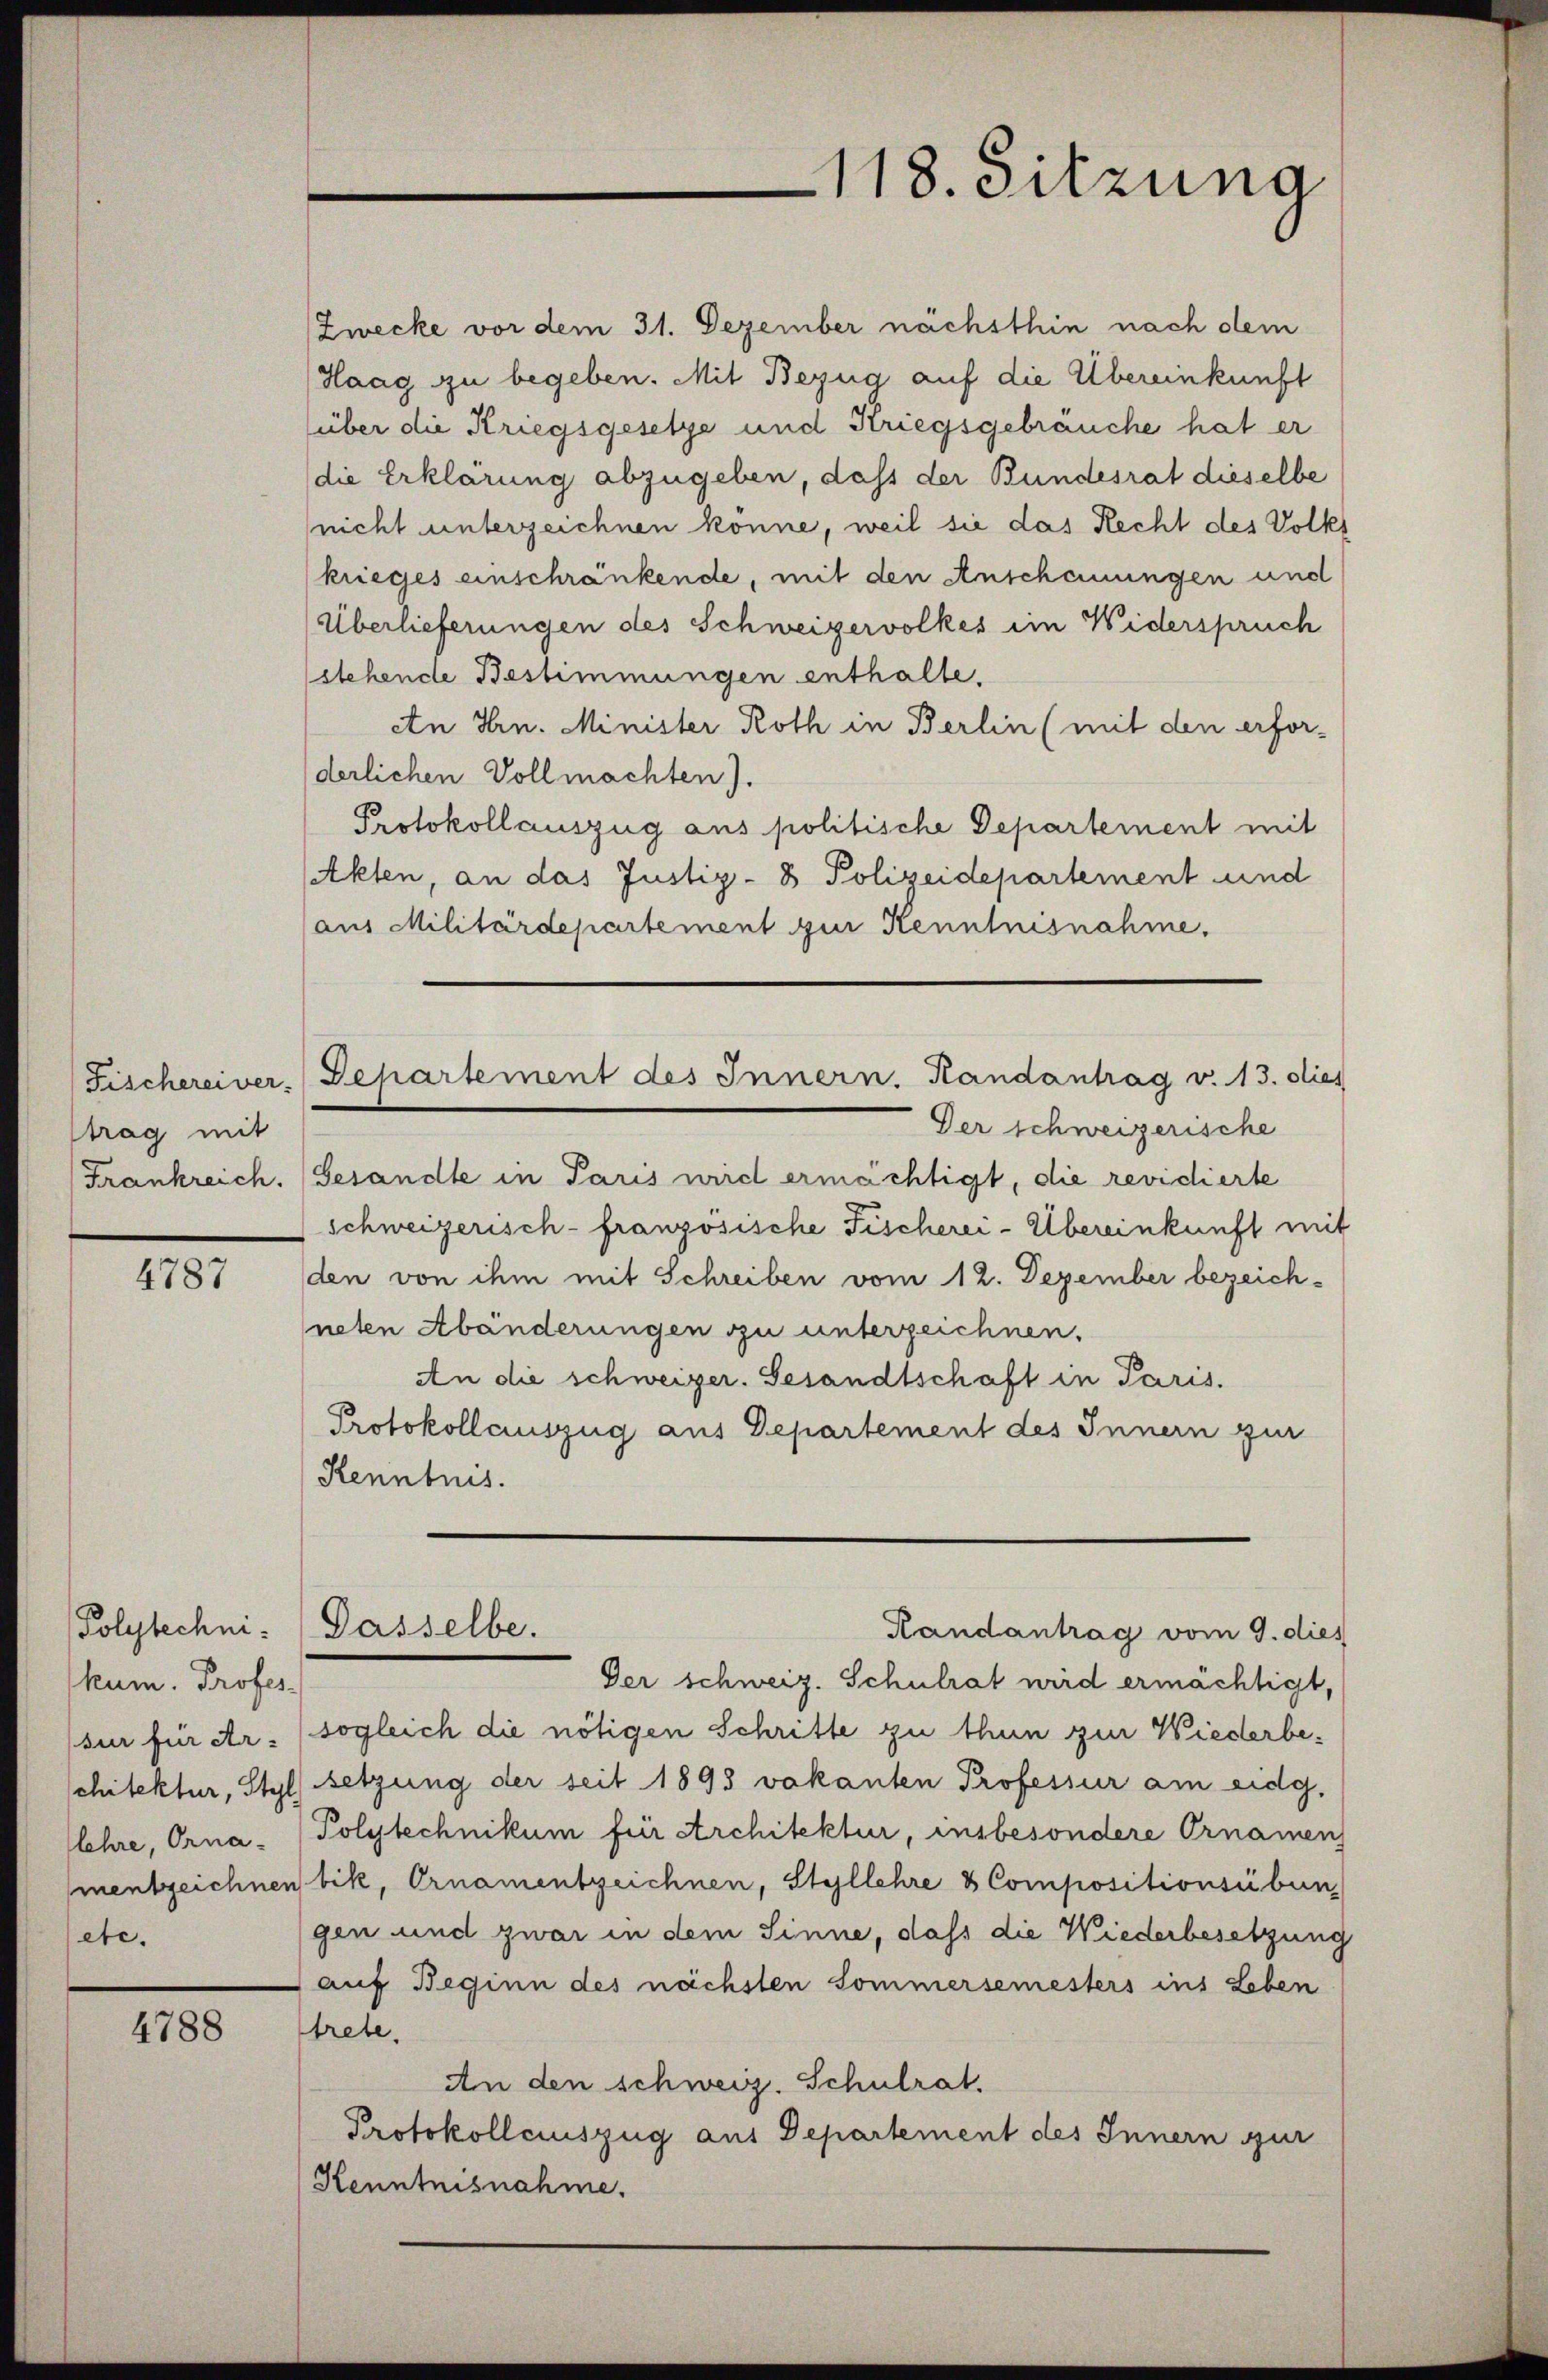
strag mit

4787

(Polytechni
hum. Profes-
lehre, Orna-
ete.

4788

Zwecke vor dem 31. Dezember nächsthin nach dem
Haag zu begeben. Mit Bezug auf die Übereinkunft
über die Kriegsgesetze und Kriegsgebräuche hat er
(die Erklärung abzugeben, dass der Bundesrat dieselbe
(nicht unterzeichnen könne, weil sie das Recht des Volks
krieges einschränkende, mit den Anschauungen und
Überlieferungen des Schweizervolkes im Widerspruch
stehende Bestimmungen enthalte.
An Hrn. Minister Roth in Berlin (mit den erfor-
derlichen Vollmachten).
Protokollauszug aus politische Departement mit
(Akten, an das Justiz- & Polizeidepartement und
(aus Militärdepartement zur Kenntnisnahme.
Fischereiver-Departement des Innern. Handantrag v. 13. dies
Der schweizerische
Frankreich. (Gesandte in Paris wird ermächtigt, die revidierte
schweizerisch-französische Fischerei-Übereinkunft mit
den von ihm mit Schreiben vom 12. Dezember bezeich-
neten Abänderungen zu unterzeichnen.
An die schweizer. Gesandtschaft in Paris.
Protokollauszug aus Departement des Innern zur
Kenntnis.

118. Sitzung

Der schweiz. Schulrat wird ermächtigt,
sur für er. (sogleich die nötigen Schritte zu thun zur Wiederbeschitektur, Styl setzung der seit 1898 vakanten Professur am eidg.
Polytechnikum für Architektur, insbesondere Ornamen
mentzeichnen bik, Ornamentzeichnen, Styllehre & Compositionsübun
gen und zwar in dem Sinne, dass die Wiederbesetzung
auf Beginn des nächsten Sommersemesters ins Leben
trete.
An den schweiz. Schulrat.
Protokollauszug aus Departement des Innern zur
Kenntnisnahme.

Dasselbe.
Randantrag vom 9. dies